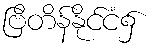
ဗြိတိန်နိုင်ငံ၌